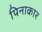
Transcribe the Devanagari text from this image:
पिनाकार